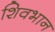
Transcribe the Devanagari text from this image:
शिवभान